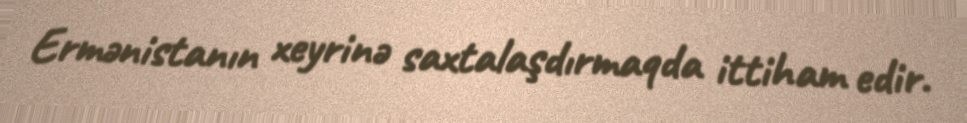
Ermənistanın xeyrinə saxtalaşdırmaqda ittiham edir.